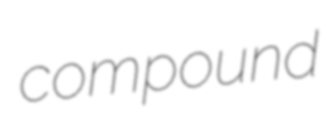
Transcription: compound